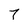
Character: 7